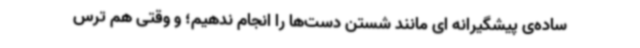
ساده‌ی پیشگیرانه ای مانند شستن دست‌ها را انجام ندهیم؛ و وقتی هم ترس